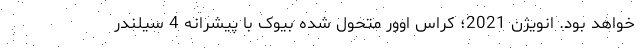
خواهد بود. انویژن 2021؛ کراس اوور متحول شده بیوک با پیشرانه 4 سیلندر